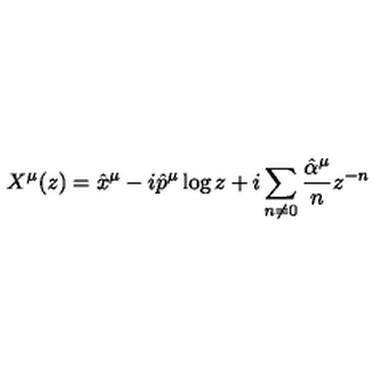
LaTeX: X ^ { \mu } ( z ) = \hat { x } ^ { \mu } - i \hat { p } ^ { \mu } \log z + i \sum _ { n \neq 0 } \frac { \hat { \alpha } ^ { \mu } } { n } z ^ { - n }